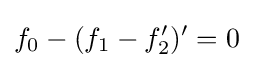
f_{0}-(f_{1}-f'_{2})'=0